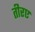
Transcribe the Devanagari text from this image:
तीरए